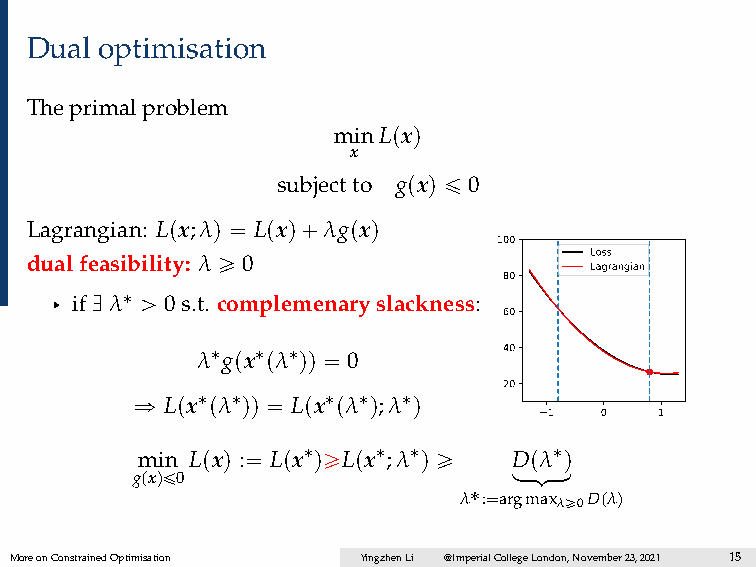
Dual optimisation
 Theprimalproblem
 minLpxq
 x
 subjectto gpxq ď 0
 Lagrangian: Lpx;λq “ Lpxq`λgpxq
 100
 dualfeasibility: λ ě 0               Loss
 Lagrangian
 80
 § ifDλ˚ ą 0s.t. complemenaryslackness:
 60
 λ˚gpx˚pλ˚qq “ 0     40
 20
 ñ Lpx˚pλ˚qq “ Lpx˚pλ˚q;λ˚q
 1   0   1
 min Lpxq :“ Lpx˚qěLpx˚;λ˚q ě lDoopmλo˚onq
 gpxqď0
 λ˚:“argmaxλě0Dpλq
 MoreonConstrainedOptimisation YingzhenLi @ImperialCollegeLondon,November23,2021 15